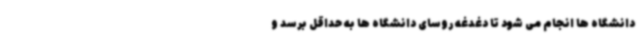
دانشگاه ها انجام می شود تا دغدغه روسای دانشگاه ها به حداقل برسد و